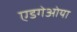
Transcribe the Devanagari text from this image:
एडगेओया